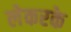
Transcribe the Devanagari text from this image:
लेकरके